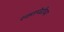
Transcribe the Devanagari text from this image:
रक्तपेढीच्या